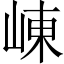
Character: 崠